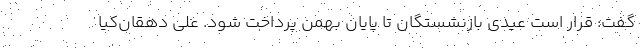
گفت: قرار است عیدی بازنشستگان تا پایان بهمن پرداخت شود. علی دهقان‌کیا